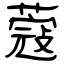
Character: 蔻